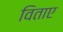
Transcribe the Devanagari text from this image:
विताए